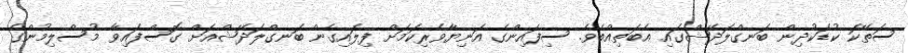
ސަތޭކަ ކުޑަކުދިން ބަނގްލަދޭޝްގައި އެބަތިއްބެވެ. ސިފައިންގެ އަނިޔާވެރިކަމަށް ފިލައިގެން ބަނގްލަދޭޝްއަށް ގޮސްފައިވާ މުސްލިމުންގެ